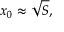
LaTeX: x _ { 0 } \approx { \sqrt { S } } ,